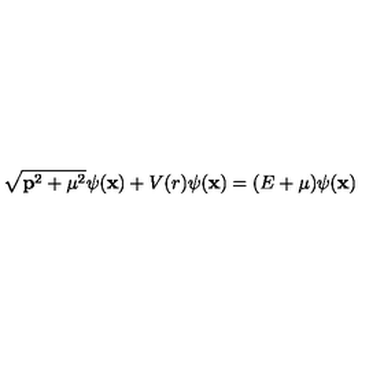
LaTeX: \sqrt { { \bf p } ^ { 2 } + { \mu } ^ { 2 } } \psi ( { \bf x } ) + V ( r ) \psi ( { \bf x } ) = ( E + { \mu } ) \psi ( { \bf x } )